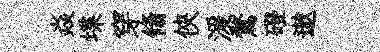
焱堞穿翛俠湲鶩磴遨